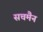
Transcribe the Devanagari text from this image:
सचमैन